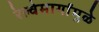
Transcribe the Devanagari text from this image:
रेल्वेमार्गांमुळे